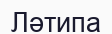
Ләтипа